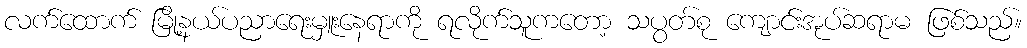
လက်ထောက် မြို့နယ်ပညာရေးမှူးနေရာကို ရလိုက်သူကတော့ သပွတ်စု ကျောင်းအုပ်ဆရာမ ဖြစ်သည်။